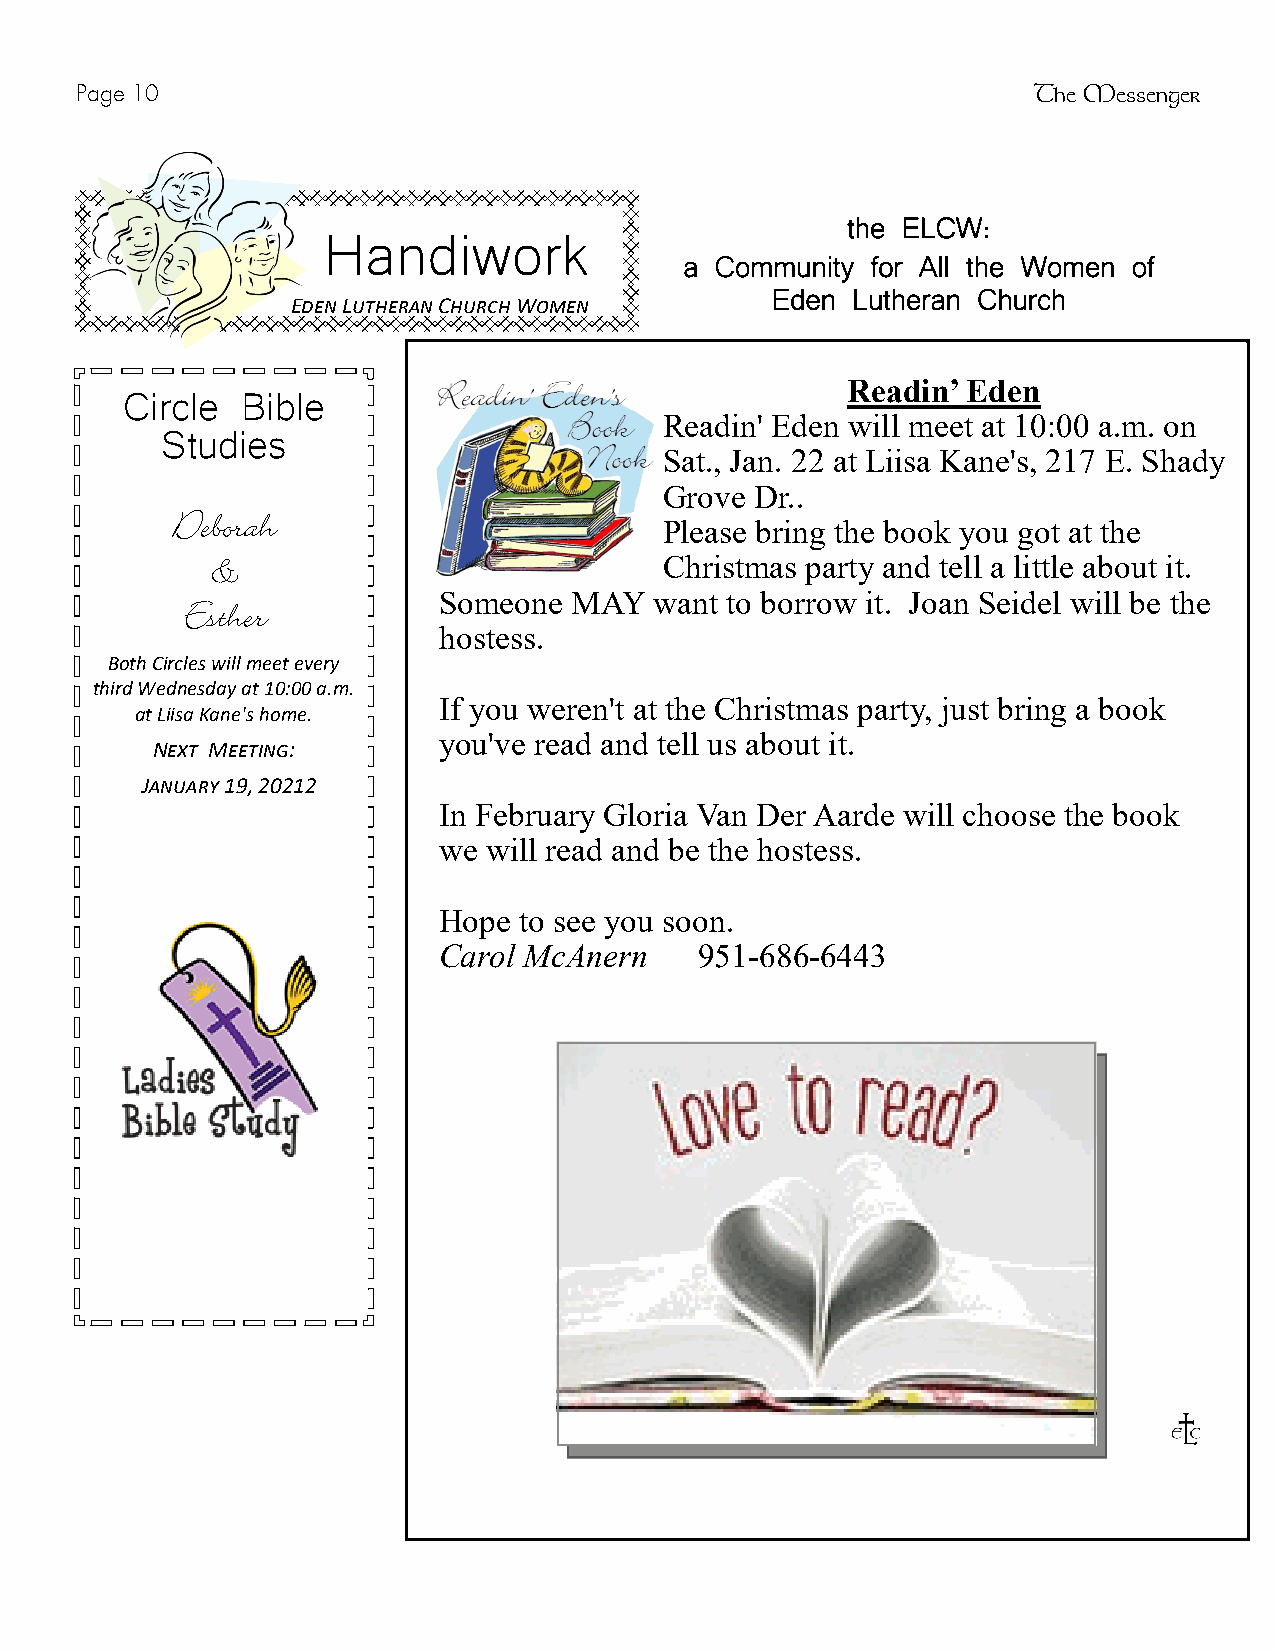
Page 10                                                        The Messenger
 Handiwork                          the ELCW:
 a Community  for All the Women of
 Eden Lutheran Church
 Eden Lutheran Church Women
 Circle  Bible                                   Readin’ Eden
 Studies                          Readin' Eden will meet at 10:00 a.m. on
 Sat., Jan. 22 at Liisa Kane's, 217 E. Shady
 Grove Dr..
 Deborah
 Please bring the book you got at the
 &                             Christmas party and tell a little about it.
 Someone  MAY  want to borrow it. Joan Seidel will be the
 Esther
 hostess.
 Both Circles will meet every
 third Wednesday at 10:00 a.m.
 If you weren't at the Christmas party, just bring a book
 at Liisa Kane's home.
 you've read and tell us about it.
 Next Meeting:
 January 19, 20212
 In February Gloria Van Der Aarde will choose the book
 we will read and be the hostess.
 Hope to see you soon.
 Carol McAnern    951-686-6443